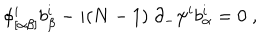
\phi _ { [ \alpha \beta ] } ^ { i } b _ { \beta } ^ { i } - i ( N - 1 ) \; \partial _ { - } \psi ^ { i } b _ { \alpha } ^ { i } = 0 \; ,